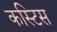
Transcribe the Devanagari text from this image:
कस्टिस